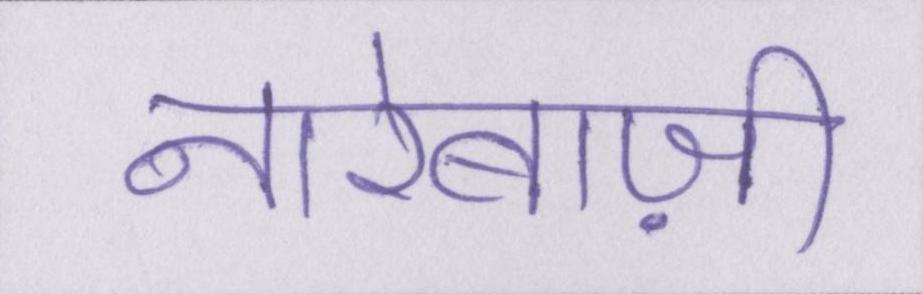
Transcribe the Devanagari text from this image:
नारेबाज़ी